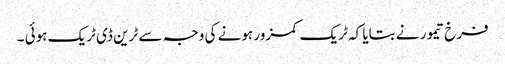
فرخ تیمور نے بتایا کہ ٹریک کمزور ہونے کی وجہ سے ٹرین ڈی ٹریک ہوئی ۔